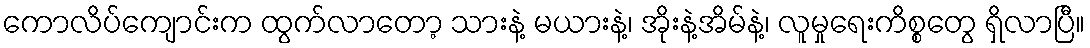
ကောလိပ်ကျောင်းက ထွက်လာတော့ သားနဲ့ မယားနဲ့၊ အိုးနဲ့အိမ်နဲ့၊ လူမှုရေးကိစ္စတွေ ရှိလာပြီ။